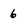
Character: 6